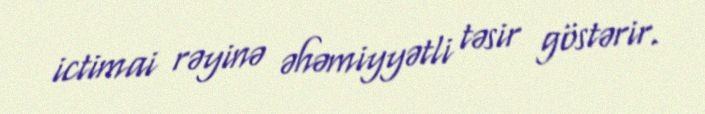
ictimai rəyinə əhəmiyyətli təsir göstərir.